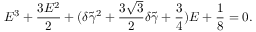
E ^ { 3 } + \frac { 3 E ^ { 2 } } { 2 } + ( \delta \tilde { \gamma } ^ { 2 } + \frac { 3 \sqrt { 3 } } { 2 } \delta \tilde { \gamma } + \frac { 3 } { 4 } ) E + \frac { 1 } { 8 } = 0 .